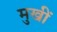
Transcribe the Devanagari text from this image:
मुखीं